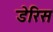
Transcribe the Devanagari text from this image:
डेरिस